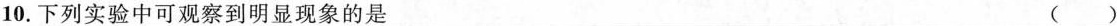
10. 下列实验中可观察到明显现象的是 （ ）